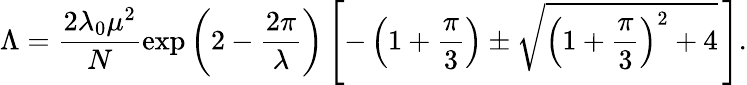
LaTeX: \Lambda=\frac{2\lambda_{0}\mu^{2}}{N}\exp\left(2-\frac{2\pi}{\lambda}\right)\left[-\left(1+\frac{\pi}{3}\right)\pm\sqrt{\left(1+\frac{\pi}{3}\right)^{2}+4}\, \right].